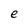
Character: e